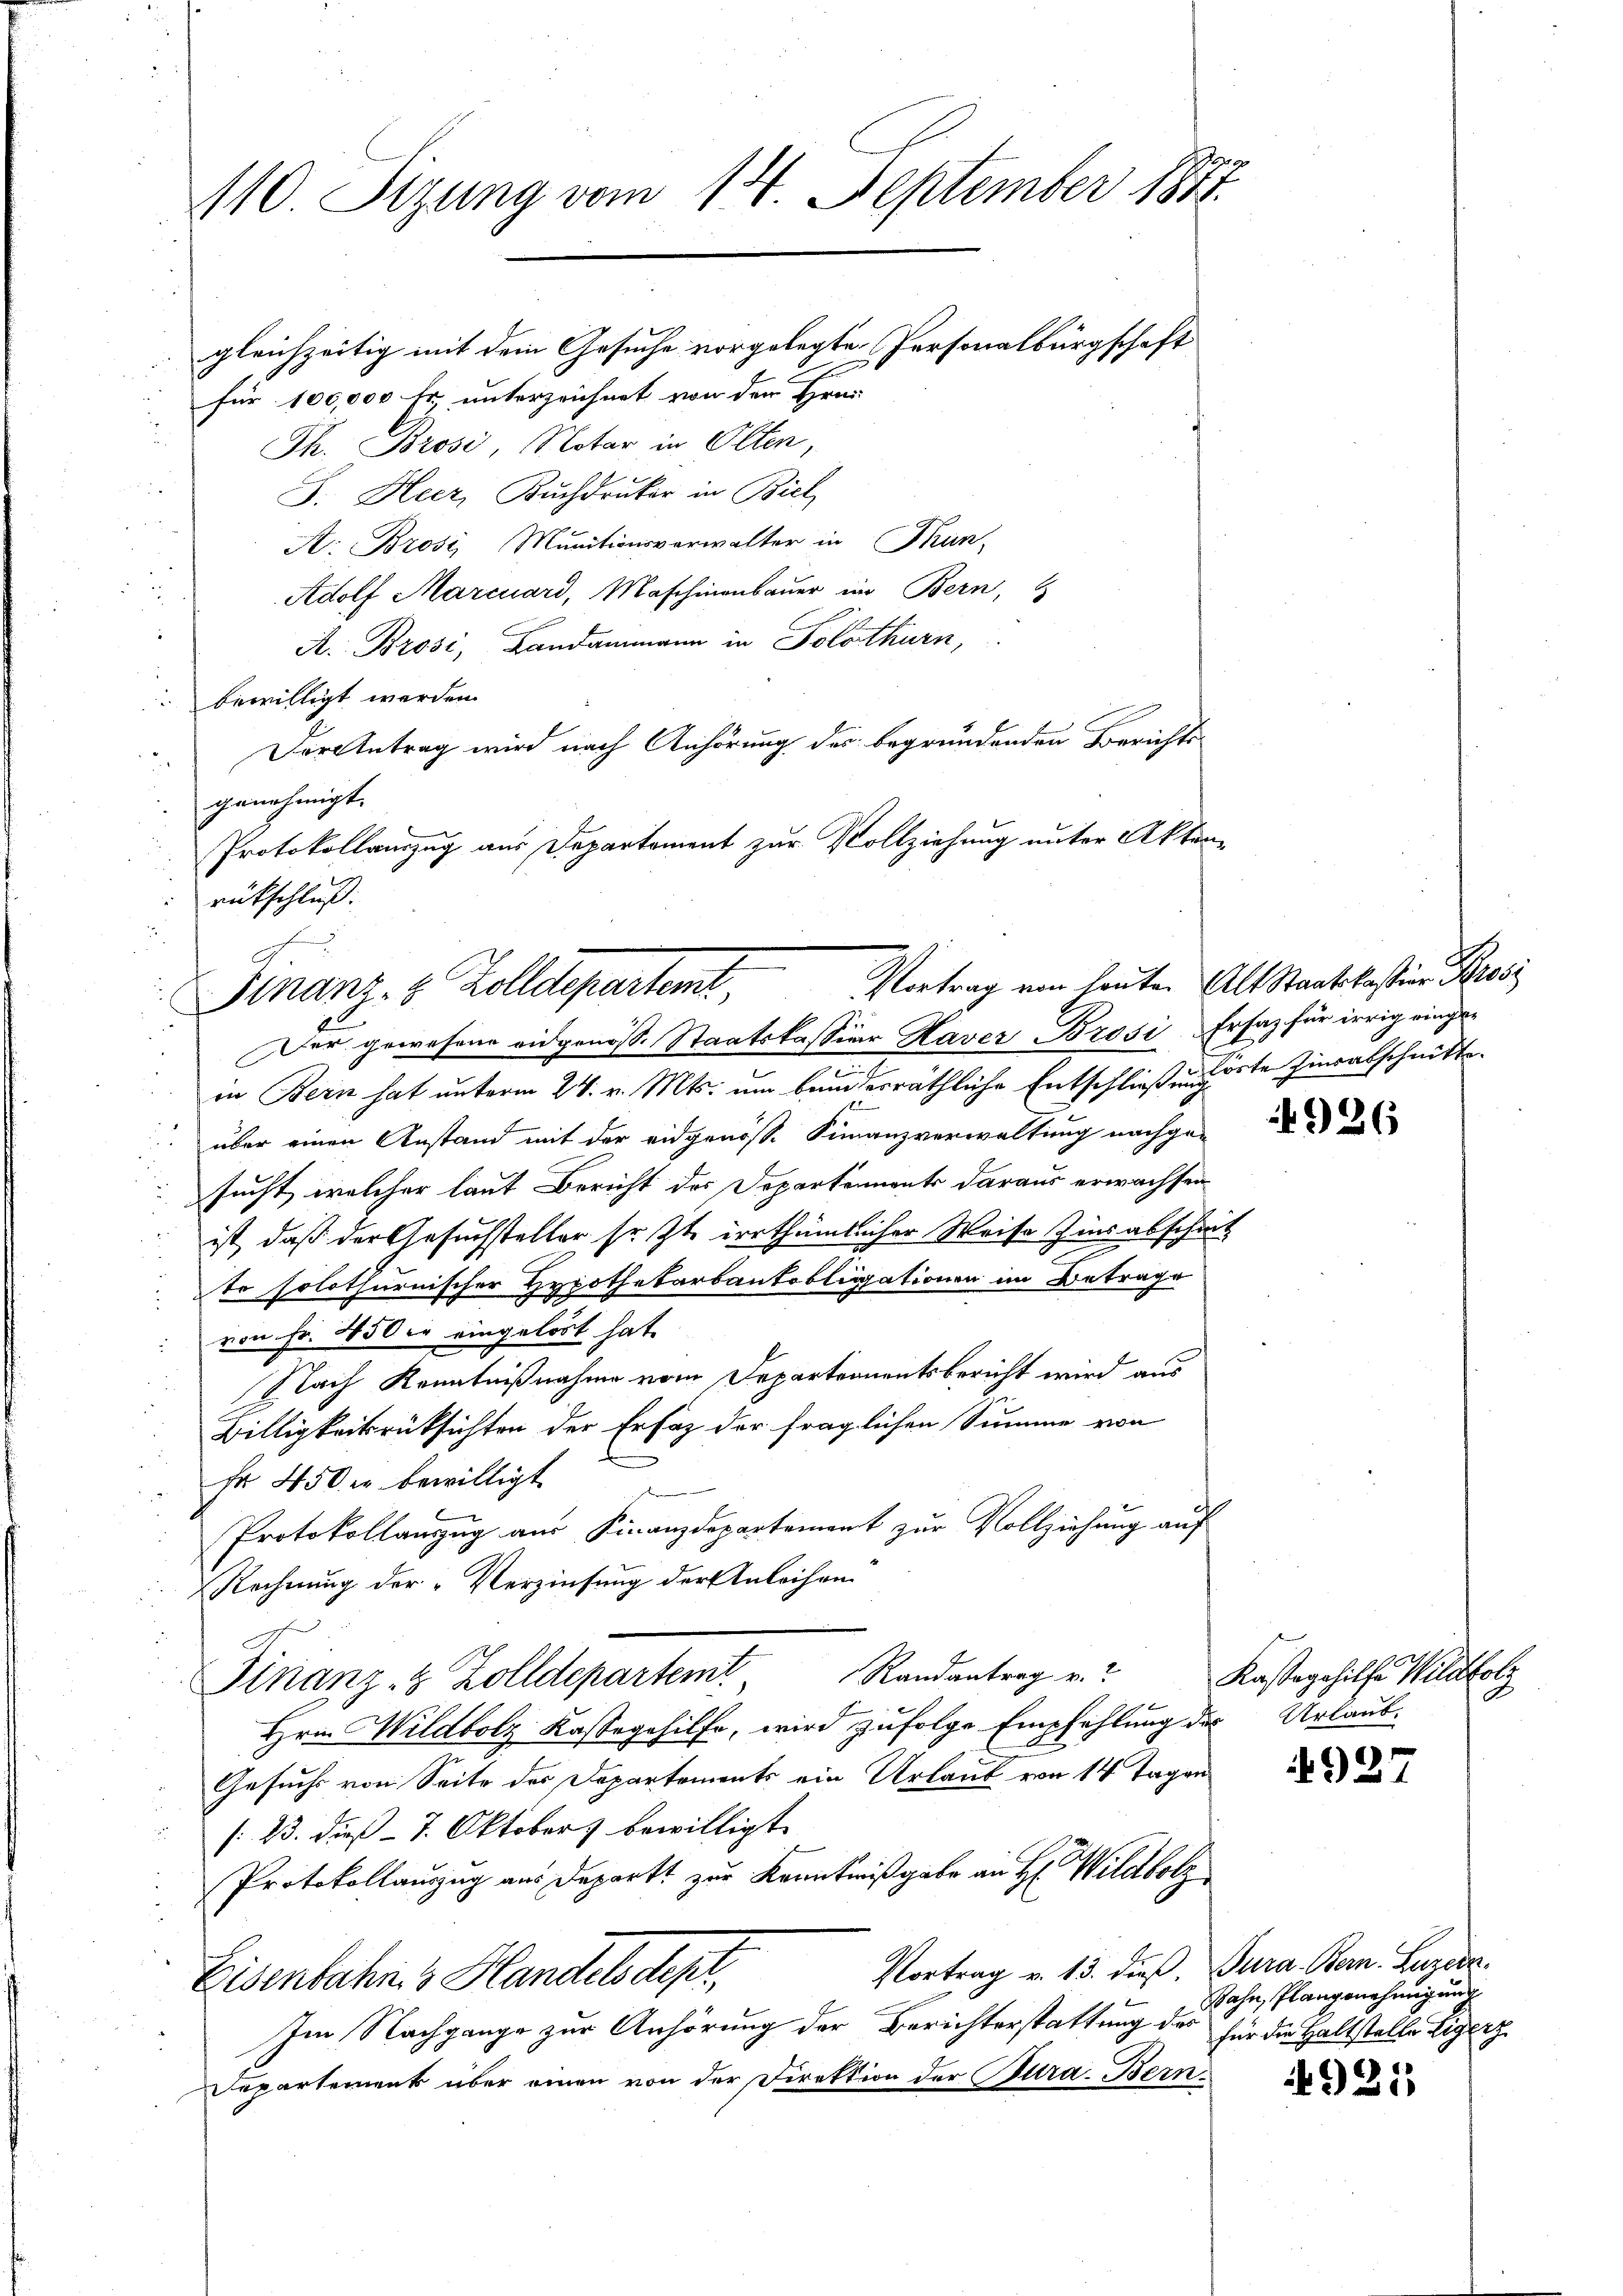
110. Sezung vom 14. September 1874.
gleichzeitig mit dem Gesuche vorgelegte Personalbürgschaft
für 100,000 Fr. unterzeichnet von der Fran
Th. Brosi, Notar in Olten,
J. Heer, Buchdruker in Biel

A: Brosi, Munitionsverwalter in Thun-
Adolf Marcuard, Maschinenbaŭer im Bern,
A. Brosi, Landammann in Solothurn,
bewilligt werden.
Der Antrag wird nach Anhörung des begründenden Berichtsgenehmigt.
Protokollauszug aus Departement zur Vollziehung unter Aktenrückschluß.

Vortrag von heuten Alt Staatskassian Pros
Finanz- & Zolldepartemt,
Der gewesene eidgenöss. Staatskassian Haver Brosi Erfaz für irrig einge¬

.
in Bern hat unterm 24. v. Mts. um beiderräthliche Entschließungsste Zinsabschnitt.

über einen Anstand mit der eidgenöss. Finanzverwaltung nachge-
i
sucht, welcher laut Bericht des Departements daraus erwachsen
ist, daß der Gesuchsteller sr. Zt. irrthümlicher Weise zins abschrit
tr solothurnischer Hypothekarbankobligationen im Betrage
von Fr. 450 er eingelöst hat.
Nach Kenntnißnahme vom Departeamentsbericht wird aus
2
Billigkeitsrücksichten der Erfaz der fraglichen Summe von
Fr 450 er bewilligt.
Protokollanzug aus Finanzdepartement zur Vollziehung auf
Rechnung der Verzinsung der Anleihen.
Randantrag u.
Finanz- & Zolldepartemt
Hrn. Wildbolz Kassegehilfe, wird zufolge Empfehlung der Urlaub-
Gesuchs von Seite des Departements ein Urlaub von 14 Tagen
/23. dieß – 7. Oktobers bewilligt.
Protokollauszug aus Departt zur Kenntnißgabe an H: Wildbolz
Vortrag v. 13. dieß, Jura. Bern. Luzern
Eisenbahn 3 Handels dept,
Im Nachgange zur Anhörung der Berichterstattung des Rahn, Plangenehmigung
Separtement über einen von der Direktion der Cura-Bern.

926

Kastagehilfe Wildbolz

927

für die Haltstelle Eigenz

4921